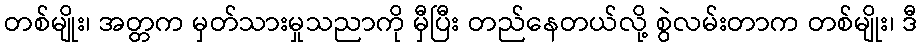
တစ်မျိုး၊ အတ္တက မှတ်သားမှုသညာကို မှီပြီး တည်နေတယ်လို့ စွဲလမ်းတာက တစ်မျိုး၊ ဒီ